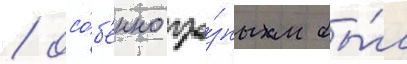
/ осо́б'енно гро́зным бы́л